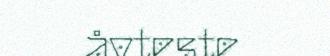
åvteste